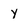
Character: y